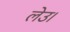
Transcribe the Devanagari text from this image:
लेउ।